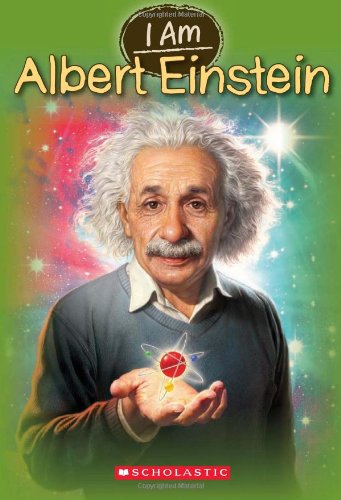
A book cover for I Am #2: Albert Einstein; Grace Norwich; Children's Books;